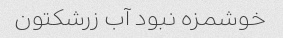
خوشمزه نبود آب زرشکتون